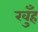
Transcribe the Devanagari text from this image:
खुँह